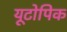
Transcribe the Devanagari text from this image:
यूटोपिक